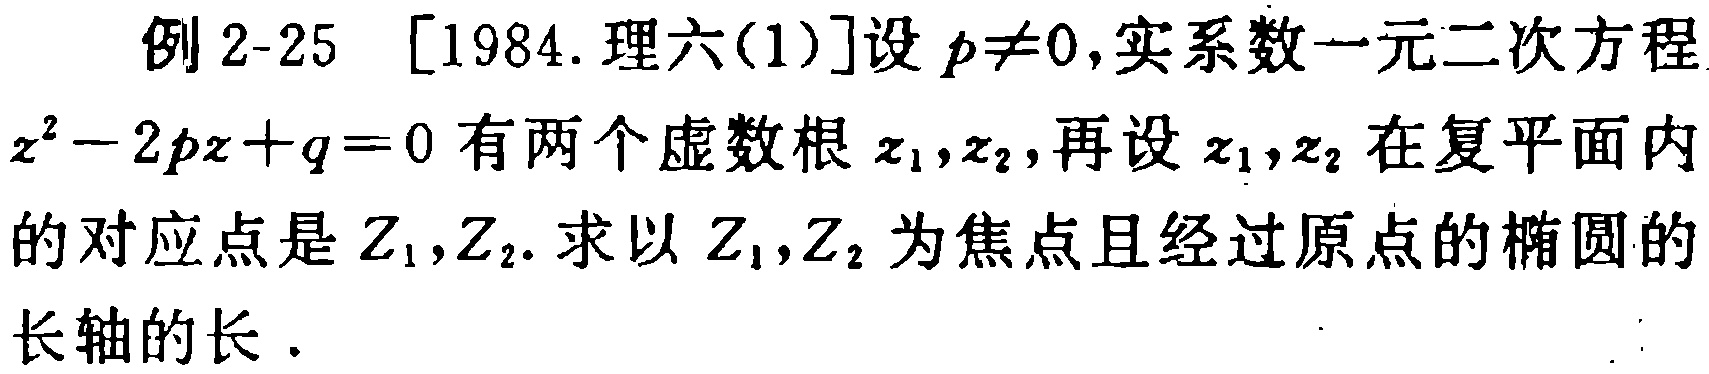
例 2-25 [1984. 理六(1)]设 \(p\neq0\),实系数一元二次方程 \(z^{2}-2pz + q = 0\) 有两个虚数根 \(z_{1},z_{2}\),再设 \(z_{1},z_{2}\) 在复平面内的对应点是 \(Z_{1},Z_{2}\). 求以 \(Z_{1},Z_{2}\) 为焦点且经过原点的椭圆的长轴的长.